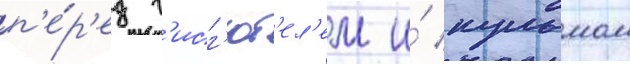
п'е́р'ед г'исг'юб'ел'ем и́ кульмом